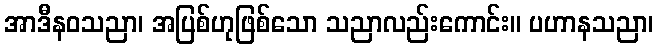
အာဒီနဝသညာ၊ အပြစ်ဟုဖြစ်သော သညာလည်းကောင်း။ ပဟာနသညာ၊